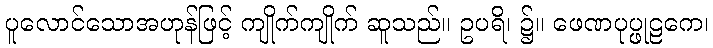
ပူလောင်သောအဟုန်ဖြင့် ကျိုက်ကျိုက် ဆူသည်။ ဥပရိ၊ ၌။ ဖေဏပုပ္ဖုဠကေ၊